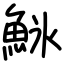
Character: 𬵌